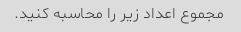
مجموع اعداد زیر را محاسبه کنید.